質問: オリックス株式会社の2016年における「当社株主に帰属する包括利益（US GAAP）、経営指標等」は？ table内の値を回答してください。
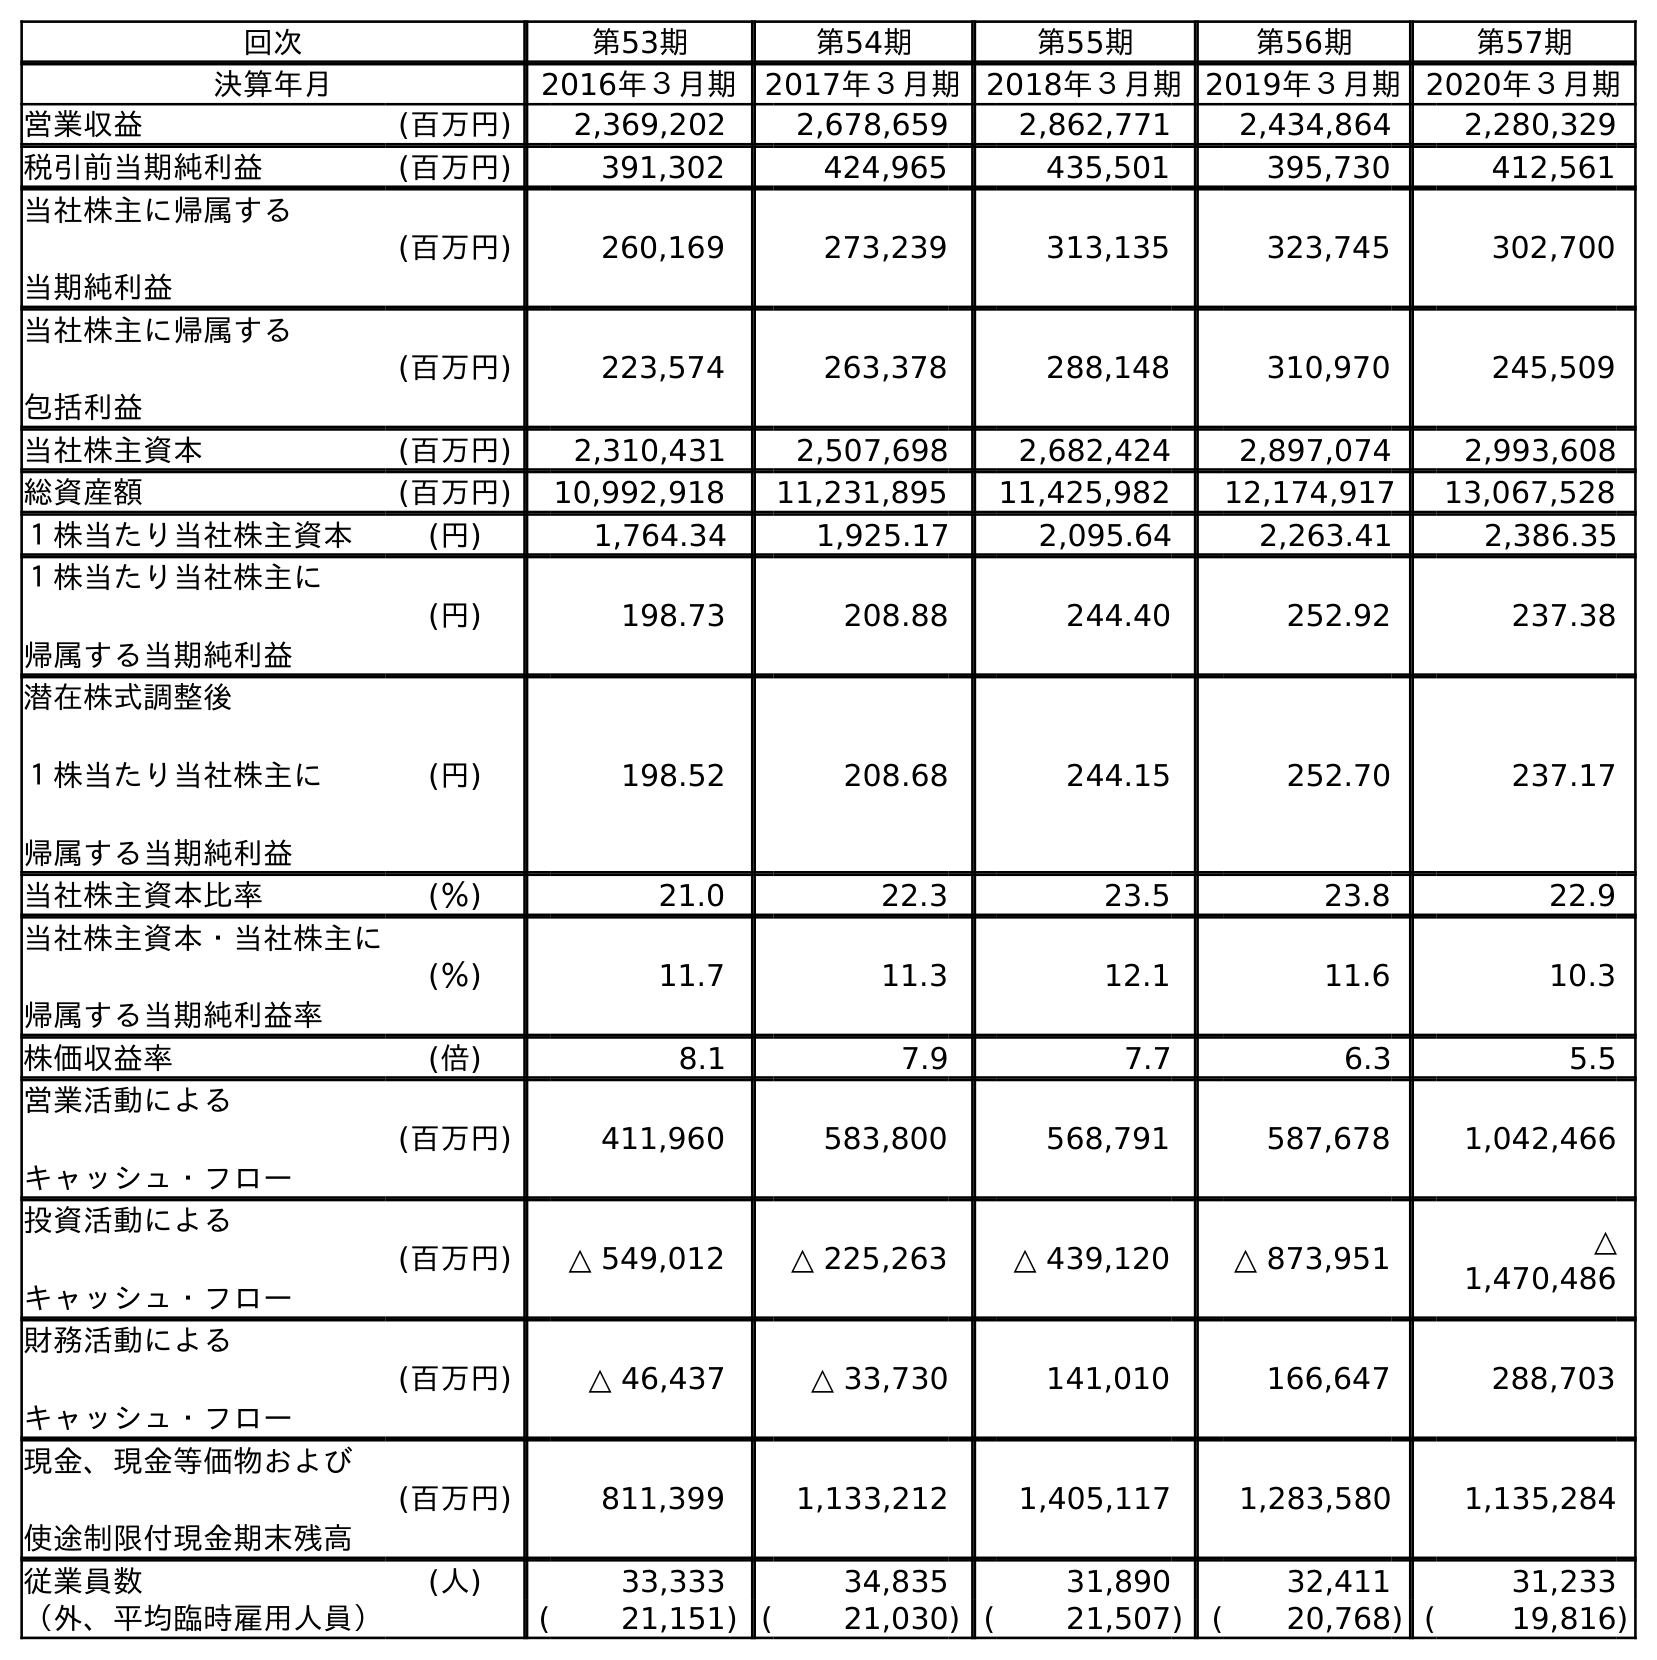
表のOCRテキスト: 回次 第53期 第54期 第55期 第56期 第57期 決算年月 2016年３月期 2017年３月期 2018年３月期2019年３月期2020年３月期 営業収益 (百万円) 2,369,202 2,678,659 2,862,771 2,434,864 2,280,329 税引前当期純利益 (百万円) 391,302 424,965 435,501 395,730 412,561 当社株主に帰属する 当期純利益 (百万円) 260,169 273,239 313,135 323,745 302,700 当社株主に帰属する 包括利益 (百万円) 223,574 263,378 288,148 310,970 245,509 当社株主資本 (百万円) 2,310,431 2,507,698 2,682,424 2,897,074 2,993,608 総資産額 (百万円) 10,992,918 11,231,895 11,425,982 12,174,917 13,067,528 １株当たり当社株主資本 (円) 1,764.34 1,925.17 2,095.64 2,263.41 2,386.35 １株当たり当社株主に 帰属する当期純利益 (円) 198.73 208.88 244.40 252.92 237.38 潜在株式調整後 １株当たり当社株主に 帰属する当期純利益 (円) 198.52 208.68 244.15 252.70 237.17 当社株主資本比率 (％) 21.0 22.3 23.5 23.8 22.9 当社株主資本・当社株主に 帰属する当期純利益率 (％) 11.7 11.3 12.1 11.6 10.3 株価収益率 (倍) 8.1 7.9 7.7 6.3 5.5 営業活動による キャッシュ・フロー (百万円) 411,960 583,800 568,791 587,678 1,042,466 投資活動による キャッシュ・フロー (百万円) △ 549,012 △ 225,263 △ 439,120 △ 873,951 △ 1,470,486 財務活動による キャッシュ・フロー (百万円) △ 46,437 △ 33,730 141,010 166,647 288,703 現金、現金等価物および 使途制限付現金期末残高 (百万円) 811,399 1,133,212 1,405,117 1,283,580 1,135,284 従業員数 (人) 33,333 34,835 31,890 32,411 31,233 （外、平均臨時雇用人員） ( 21,151) ( 21,030) ( 21,507) ( 20,768) ( 19,816)
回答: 223,574